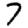
Digit: 7